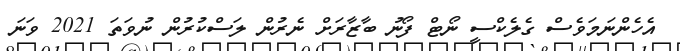
އެހެންނަމަވެސް ގެލެކްސީ ނޯޓް ފޯނު ބާޒާރަށް ނެރުން ލަސްކުރުން ނުވަތަ 2021 ވަނަ